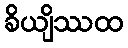
ခိယျိဿထ